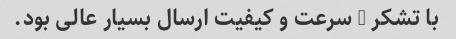
با تشکر - سرعت و کیفیت ارسال بسیار عالی بود.